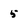
Character: 5